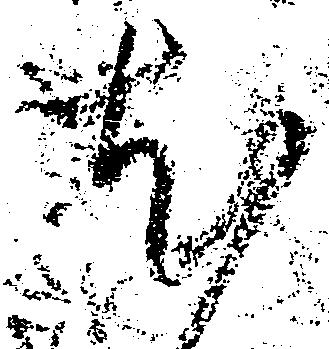
尤